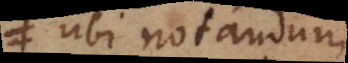
Ubi notandum